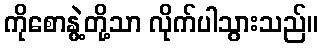
ကိုစောနွဲ့တို့သာ လိုက်ပါသွားသည်။